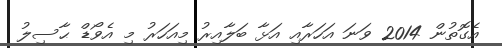
އެގޮތުން 2014 ވަނަ އަހަރާއި އަޅާ ބަލާއިރު މިއަހަރު މި އެވޯޑް ޙާސިލު